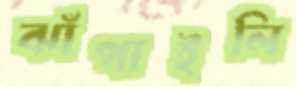
ঝাঁপাইলি